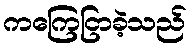
ကကြေငြာခဲ့သည်